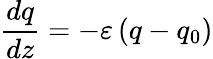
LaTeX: \frac{dq}{dz}=-\varepsilon\left(q-q_{0}\right)